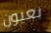
بعيون